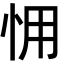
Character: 𢘭